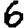
Digit: 6